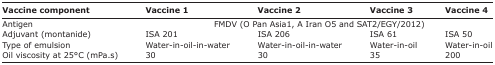
<table><thead><tr><td><b>Vaccine component</b></td><td><b>Vaccine 1</b></td><td><b>Vaccine 2</b></td><td><b>Vaccine 3</b></td><td><b>Vaccine 4</b></td></tr></thead><tbody><tr><td>Antigen</td><td></td><td>FMDV (O Pan Asia1, A Iran O5 and SAT2/EGY/2012)</td><td></td><td></td></tr><tr><td>Adjuvant (montanide)</td><td>ISA 201</td><td>ISA 206</td><td>ISA 61</td><td>ISA 50</td></tr><tr><td>Type of emulsion</td><td>Water-in-oil-in-water</td><td>Water-in-oil-in-water</td><td>Water-in-oil</td><td>Water-in-oil</td></tr><tr><td>Oil viscosity at 25°C (mPa.s)</td><td>30</td><td>30</td><td>35</td><td>200</td></tr></tbody></table>